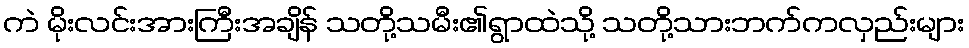
ကဲ မိုးလင်းအားကြီးအချိန် သတို့သမီး၏ရွာထဲသို့ သတို့သားဘက်ကလှည်းများ